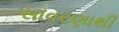
સાવરણાથી